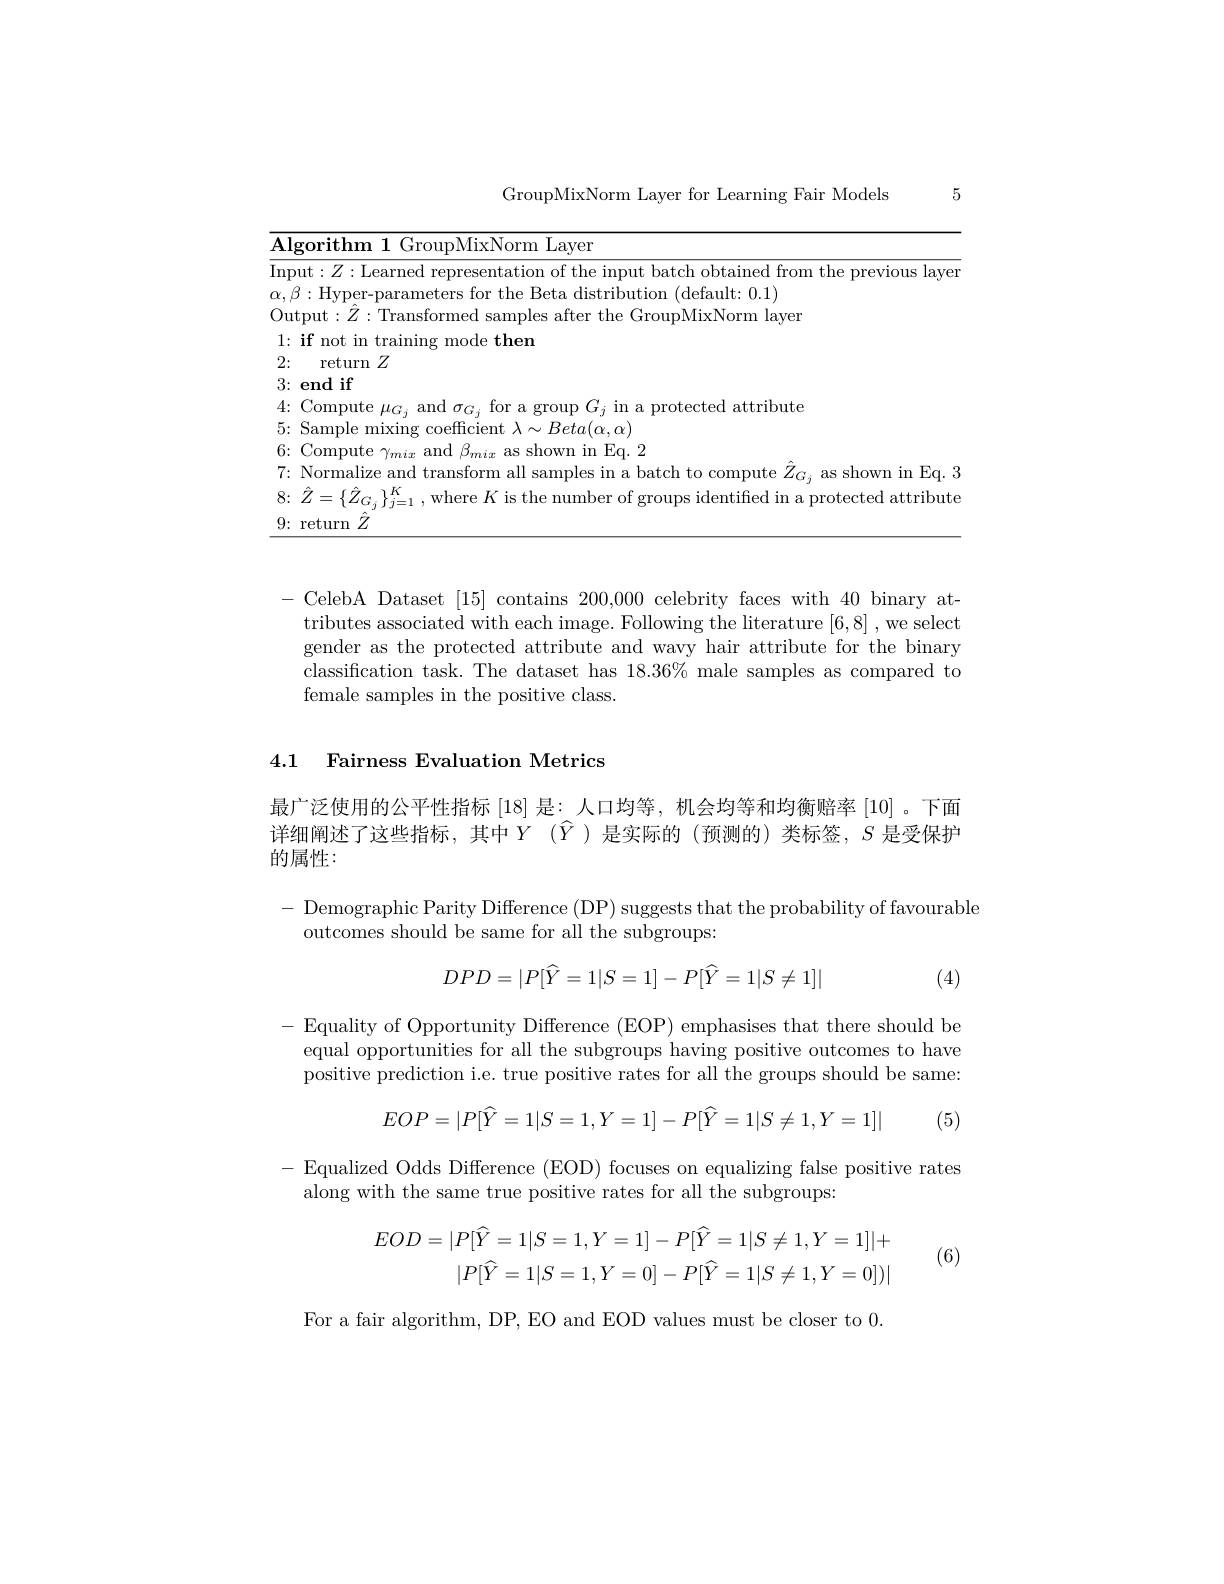
5

GroupMixNorm Layer for Learning Fair Models

<table>
	<tbody>
		<tr>
			<td>$\overline{\mathbf{AI}}$ 1 10</td>
			<td>thm IixNorm Layer</td>
		</tr>
	</tbody>
</table>

- CelebA Dataset [15] contains 200,000 celebrity faces with 40 binary attributes associated with each image. Following the literature [6,8] , we select gender as the protected attribute and wavy hair attribute for the binary classification task. The dataset has 18.36% male samples as compared to female samples in the positive class.

### 4.1 Fairness Evaluation Metrics

最广泛使用的公平性指标 [18] 是：人口均等，机会均等和均衡赔率 [10] 。下面详细阐述了这些指标，其中$Y$ $( \widehat{Y}$)是实际的(预测的)类标签，$S$ 是受保护的属性：

- Demographic Parity Difference (DP) suggests that the probability of favourable
outcomes should be same for all the subgroups:
$$DPD=|P[\widehat Y=1|S=1]-P[\widehat Y=1|S\neq1]|$$
(4)

- Equality of Opportunity Difference (EOP) emphasises that there should be
equal opportunities for all the subgroups having positive outcomes to have positive prediction i.e. true positive rates for all the groups should be same:
$$EOP=|P[\widehat Y=1|S=1,Y=1]-P[\widehat Y=1|S\neq1,Y=1]|$$
$\begin{array}{l}{-}&{{\mathrm{Equalized~Odds~Difference~(EOD)~focuses~on~equalizing~false~positive~rates}}\\{{\mathrm{along~with~the~same~true~positive~rates~for~all~the~subgroups:}}}\end{array}}$
$$EOD=|P[\widehat{Y}=1|S=1,Y=1]-P[\widehat{Y}=1|S\neq1,Y=1]|+\\|P[\widehat{Y}=1|S=1,Y=0]-P[\widehat{Y}=1|S\neq1,Y=0])|$$
(6)

For a fair algorithm, DP, EO and EOD values must be closer to 0.